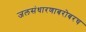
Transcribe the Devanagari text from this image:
जलसंधारणाबरोबरच